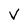
Character: v